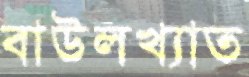
বাউলখ্যাত